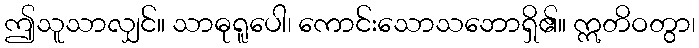
ဤသူသာလျှင်။ သာဓုရူပေါ၊ ကောင်းသောသဘောရှိ၏။ ဣတိဝတွာ၊